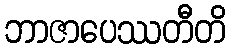
ဘာဇာပေဿတီတိ